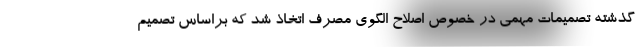
گذشته تصمیمات مهمی در خصوص اصلاح الگوی مصرف اتخاذ شد که براساس تصمیم